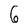
Character: 6